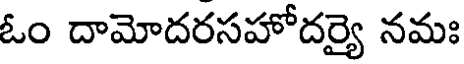
ఓం దామోదరసహోదర్యై నమః